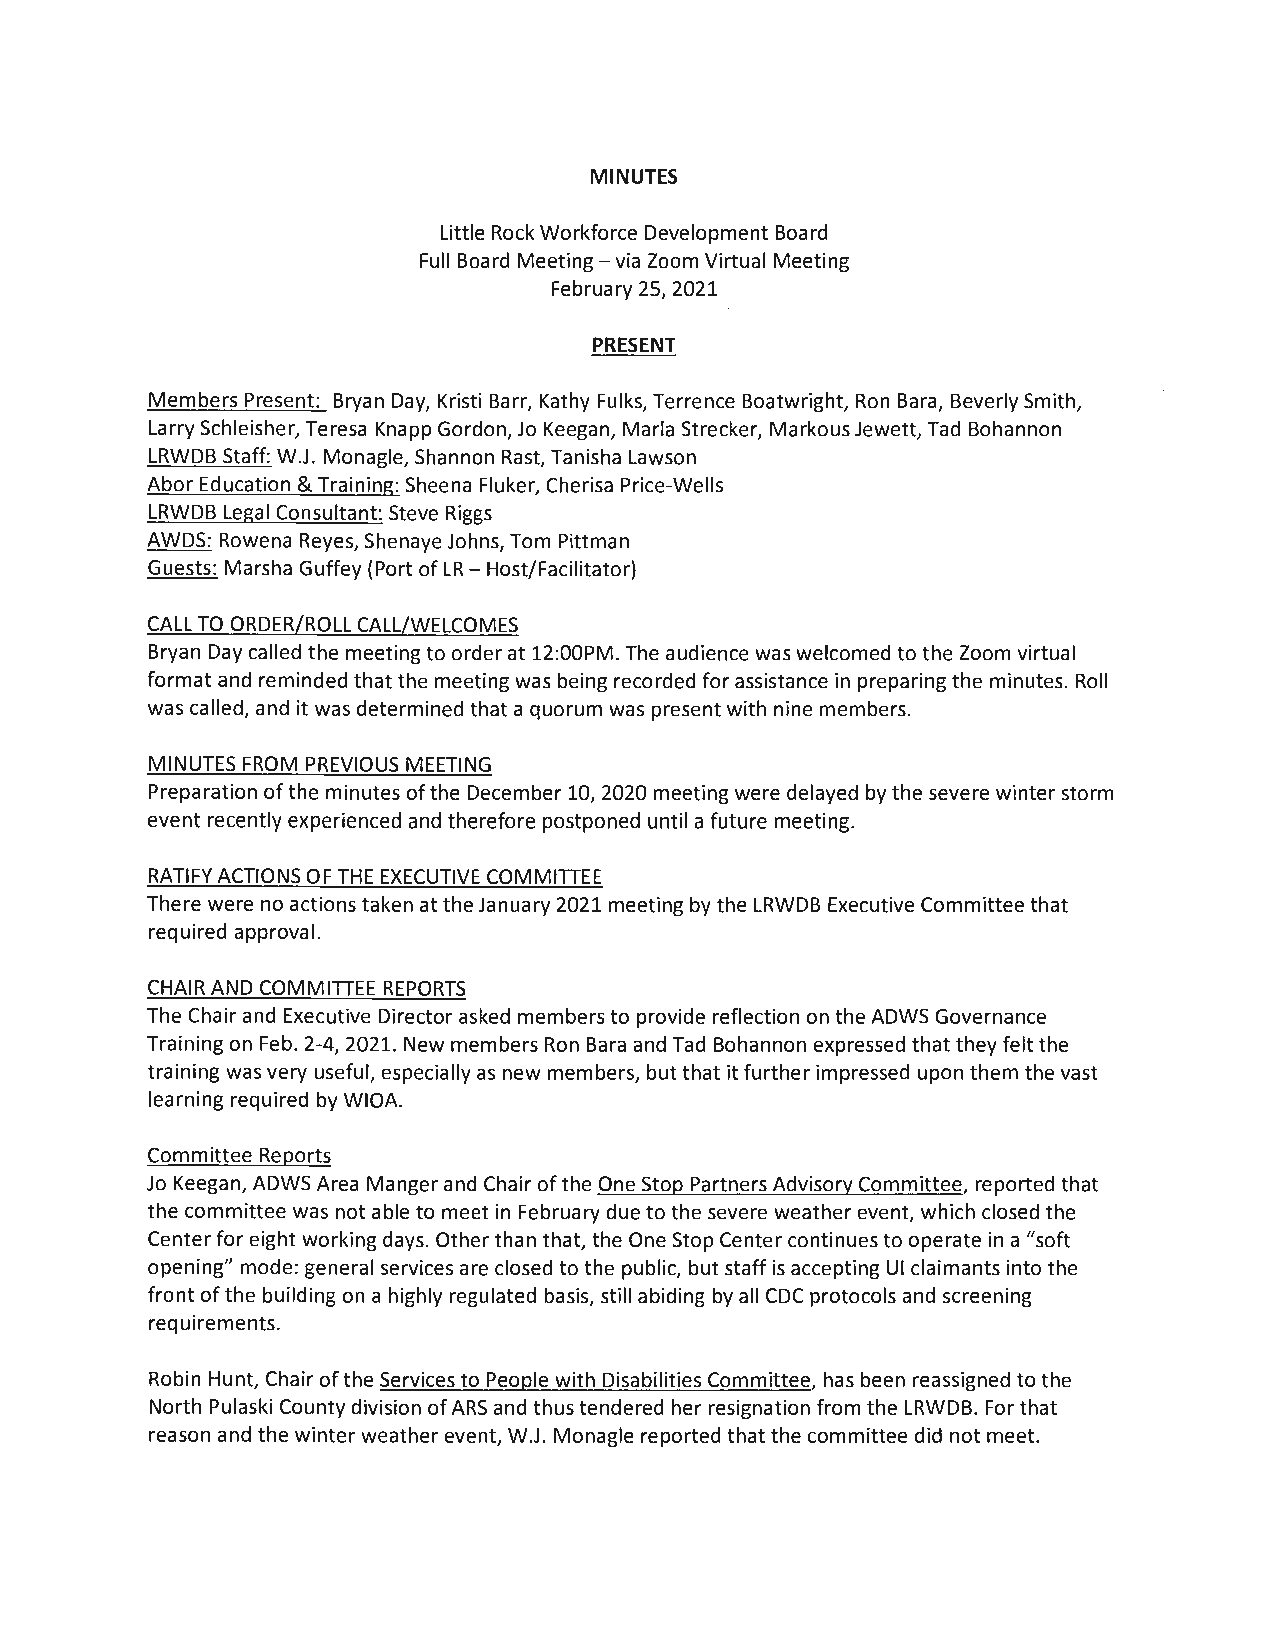
MINUTES
 Little Rock Workforce Development Board
 Full Board Meeting - via Zoom Virtual Meeting
 February 25, 2021
 PRESENT
 Members Present: Bryan Day, Kristi Barr, Kathy Fulks, Terrence Boatwright, Ron Bara, Beverly Smith,
 Larry Schleisher, Teresa Knapp Gordon, Jo Keegan, Marla Strecker, Markous Jewett, Tad Bohannon
 LRWDB Staff: W.J. Monagle, Shannon Rast, Tanisha Lawson
 Abar Education & Training: Sheena Fluker, Cherisa Price-Wells
 LRWDB Legal Consultant: Steve Riggs
 AWDS: Rowena Reyes, Shenaye Johns, Tom Pittman
 Guests: Marsha Guffey (Port of LR - Host/Facilitator)
 CALL TO ORDER/ROLL CALL/WELCOMES
 Bryan Day called the meeting to order at 12:00PM. The audience was welcomed to the Zoom virtual
 format and reminded that the meeting was being recorded for assistance in preparing the minutes. Roll
 was called, and it was determined that a quorum was present with nine members.
 MINUTES FROM PREVIOUS MEETING
 Preparation of the minutes of the December 10, 2020 meeting were delayed by the severe winter storm
 event recently experienced and therefore postponed until a future meeting.
 RATIFY ACTIONS OF THE EXECUTIVE COMMITIEE
 There were no actions taken at the January 2021 meeting by the LRWDB Executive Committee that
 required approval.
 CHAIR AND COMMITIEE REPORTS
 The Chair and Executive Director asked members to provide reflection on the ADWS Governance
 Training on Feb. 2-4, 2021. New members Ron Bara and Tad Bohannon expressed that they felt the
 training was very useful, especially as new members, but that it further impressed upon them the vast
 learning required by WIOA.
 Committee Reports
 Jo Keegan, ADWS Area Manger and Chair of the One Stop Partners Advisory Committee, reported that
 the committee was not able to meet in February due to the severe weather event, which closed the
 Center for eight working days. Other than that, the One Stop Center continues to operate in a "soft
 opening" mode: general services are closed to the public, but staff is accepting UI claimants into the
 front of the building on a highly regulated basis, still abiding by all CDC protocols and screening
 requirements.
 Robin Hunt, Chair of the Services to People with Disabilities Committee, has been reassigned to the
 North Pulaski County division of ARS and thus tendered her resignation from the LRWDB. For that
 reason and the winter weather event, W.J. Monagle reported that the committee did not meet.